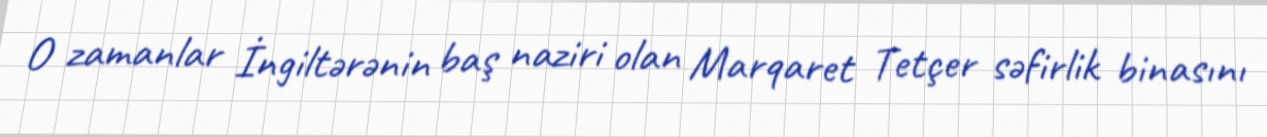
O zamanlar İngiltərənin baş naziri olan Marqaret Tetçer səfirlik binasını